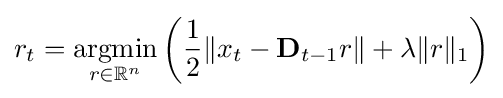
r_{t}={\underset {r\in \mathbb {R} ^{n}}{\text{argmin}}}\left({\frac {1}{2}}\|x_{t}-\mathbf {D} _{t-1}r\|+\lambda \|r\|_{1}\right)